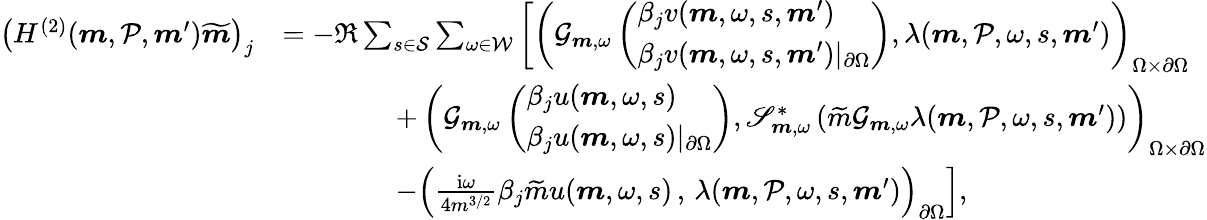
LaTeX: \begin{array}{rl}{\left(H^{(2)}(\boldsymbol{m},\mathcal{P},\boldsymbol{m}^{\prime})\widetilde{\boldsymbol{m}}\right)_{j}}&{=-\Re\sum_{s\in\mathcal{S}}\sum_{\omega\in\mathcal{W}}\left[\left(\mathcal{G}_{\boldsymbol{m},\omega}\left(\begin{array}{l}{\beta_{j}v(\boldsymbol{m},\omega,s,\boldsymbol{m}^{\prime})}\\ {\beta_{j}v(\boldsymbol{m},\omega,s,\boldsymbol{m}^{\prime})\vert_{\partial\Omega}}\end{array}\right),\lambda(\boldsymbol{m},\mathcal{P},\omega,s,\boldsymbol{m}^{\prime})\right)_{\Omega\times\partial\Omega}\right.}\\ &{\quad\quad\quad\quad+\left.\left(\mathcal{G}_{\boldsymbol{m},\omega}\left(\begin{array}{l}{\beta_{j}u(\boldsymbol{m},\omega,s)}\\ {\beta_{j}u(\boldsymbol{m},\omega,s)\vert_{\partial\Omega}}\end{array}\right),\mathscr{S}_{\boldsymbol{m},\omega}^{*}\left(\widetilde{m}\mathcal{G}_{\boldsymbol{m},\omega}\lambda(\boldsymbol{m},\mathcal{P},\omega,s,\boldsymbol{m}^{\prime})\right)\right)_{\Omega\times\partial\Omega}\right.}\\ &{\quad\quad\quad\quad\left.-\left(\frac{\mathrm{i}\omega}{4m^{3/2}}\beta_{j}\widetilde{m}u(\boldsymbol{m},\omega,s)\, ,\, \lambda(\boldsymbol{m},\mathcal{P},\omega,s,\boldsymbol{m}^{\prime})\right)_{\partial\Omega}\right],}\end{array}